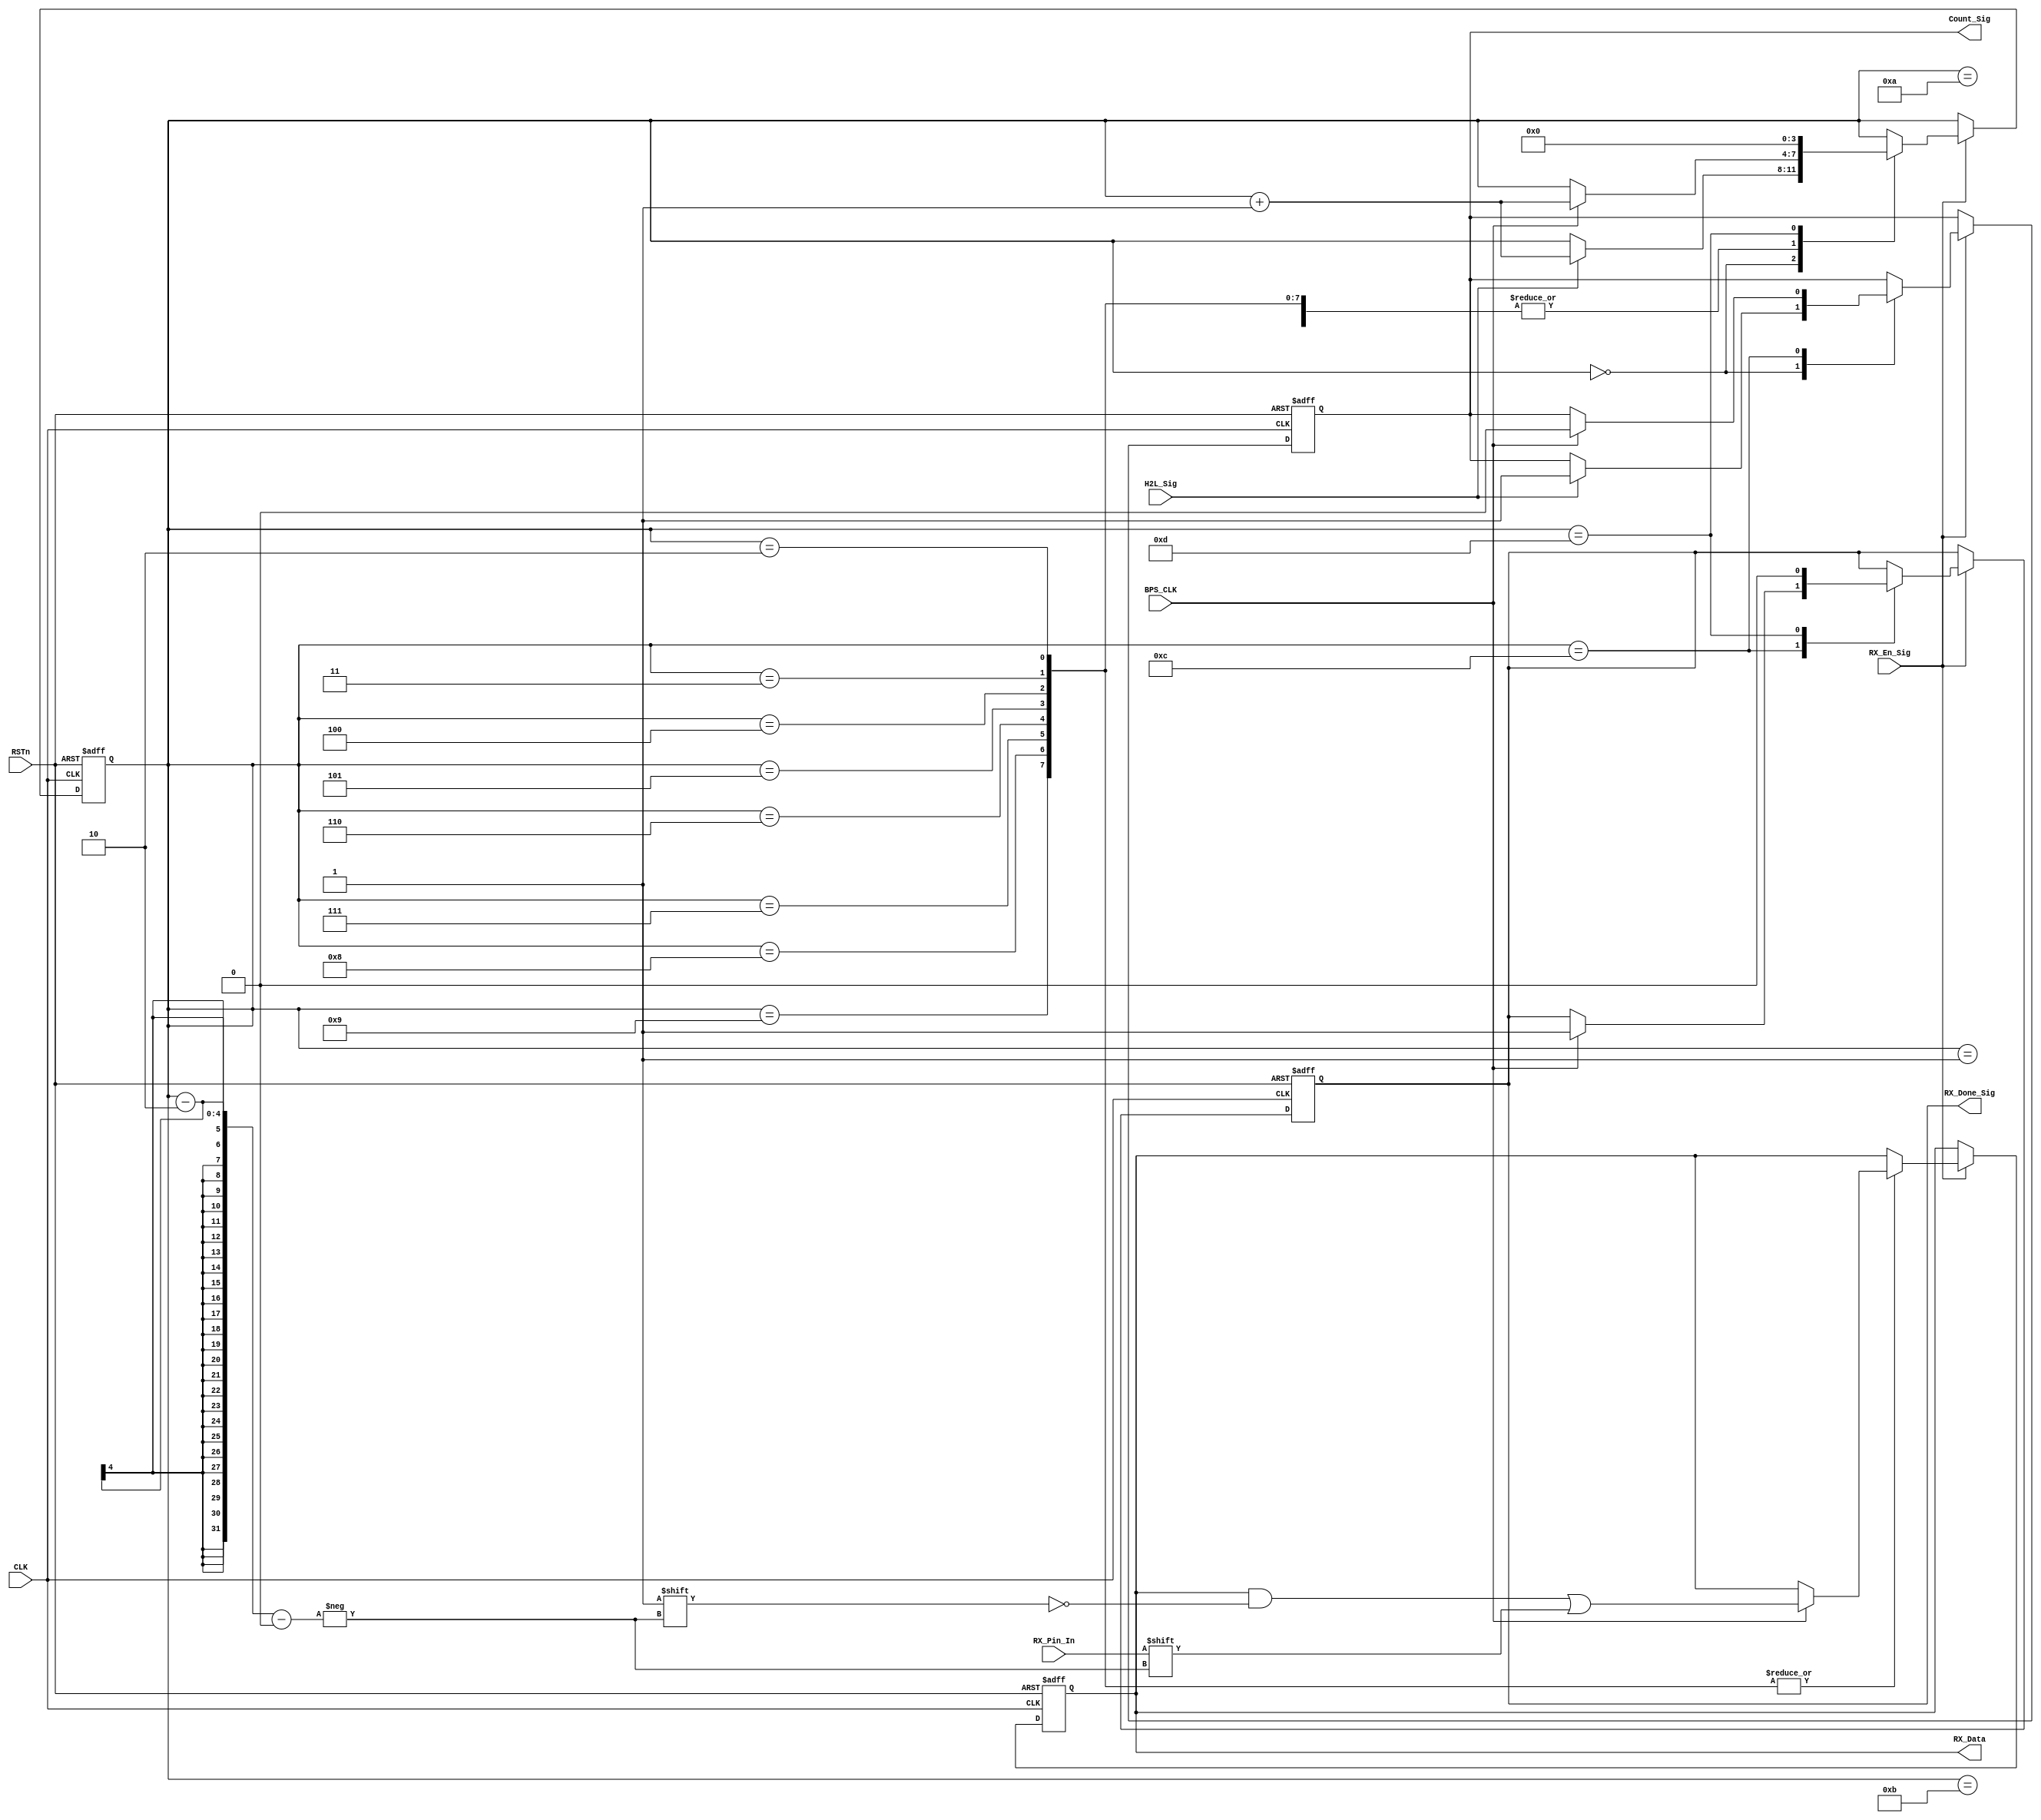
////////////////////////////////////////////////////////////////
//// RX_CTL_MODULE.v
//// 			 		ZHAOCHAO
//// 						2016-11-14
////////////////////////////////////////////
////
	
module RX_CTL_MODULE
(
	CLK, RSTn,
	H2L_Sig, RX_Pin_In, BPS_CLK, RX_En_Sig,
	Count_Sig, RX_Data, RX_Done_Sig
);

	input CLK;
	input RSTn;
	input H2L_Sig;
	input RX_En_Sig;
	input RX_Pin_In;
	input BPS_CLK;
	
	output Count_Sig;
	output [7:0]RX_Data;
	output RX_Done_Sig;
	
	
	////////////////////////////////////
	
	reg [3:0]state_index;
	reg [7:0]rData;
	reg isCount;
	reg isDone;
	
	always@(posedge CLK or negedge RSTn)
		if (!RSTn)
			begin 
				state_index <= 4'd0;
				rData <= 8'd0;
				isCount <= 1'b0;
				isDone <= 1'b0;
			end
		else if (RX_En_Sig)
			case( state_index )
				4'd0:
					if (H2L_Sig)
						begin 
							state_index <= state_index + 1'b1;
							isCount <= 1'b1;
						end
					
				4'd1:
					if (BPS_CLK)
						begin 
							state_index <= state_index + 1'b1;
						end
						
				4'd2, 4'd3, 4'd4, 4'd5,
				4'd6, 4'd7, 4'd8, 4'd9:
					if (BPS_CLK )
						begin 
							state_index <= state_index + 1'b1;
							rData[state_index -2] <= RX_Pin_In;
						end 
				
				4'd10:
					if (BPS_CLK)
						begin
							state_index <= state_index + 1'b1;
						end
					
				4'd11:
					if (BPS_CLK)
						begin 
							state_index <= state_index + 1'b1;
						end
				
				4'd12:
					if (BPS_CLK)
						begin
							state_index <= state_index + 1'b1;
							isDone <= 1'b1;
							isCount <= 1'b0;
						end
				4'd13:
					begin
						state_index <= 1'b0;
						isDone <= 1'b0;
					end
			
			endcase
			
			
	///////////////////////////////////////////////
	
	assign Count_Sig = isCount;
	assign RX_Data = rData;
	assign RX_Done_Sig = isDone;
	
	
endmodule